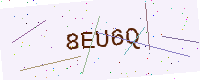
Text: 8EU6Q